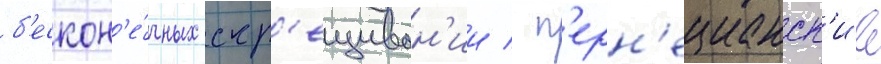
б'ескон'е́чных скр'ещиван'ии / п'ерн'ецианск'ие